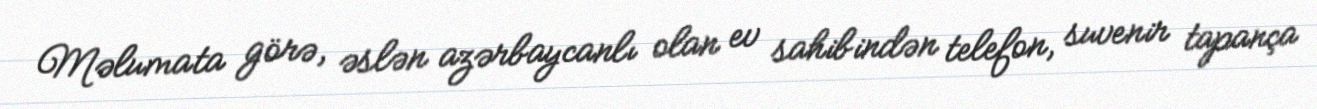
Məlumata görə, əslən azərbaycanlı olan ev sahibindən telefon, suvenir tapança